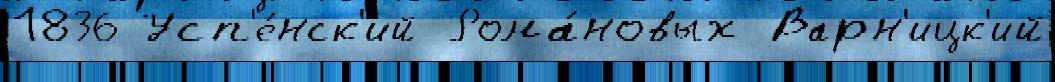
1836 Усп'е́нск'ий Рома́новых Варн'ицк'ий